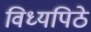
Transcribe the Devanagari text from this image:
विध्यपिठे